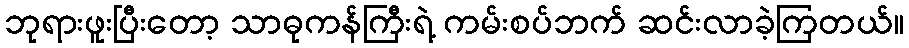
ဘုရားဖူးပြီးတော့ သာဓုကန်ကြီးရဲ့ ကမ်းစပ်ဘက် ဆင်းလာခဲ့ကြတယ်။